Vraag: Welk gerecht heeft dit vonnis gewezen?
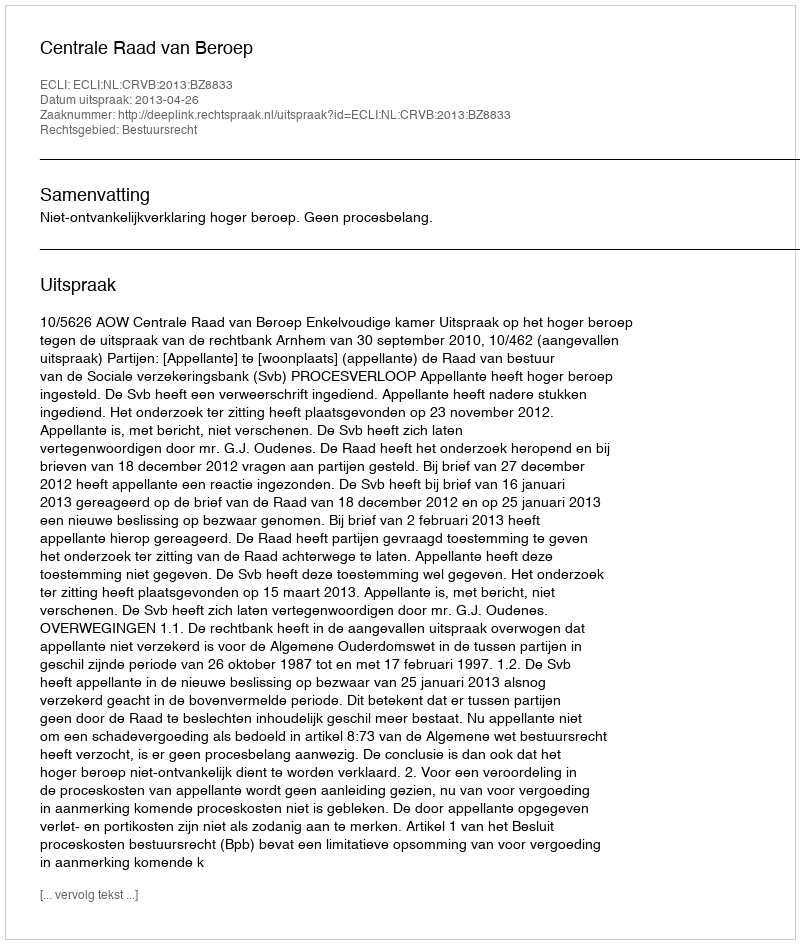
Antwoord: Centrale Raad van Beroep